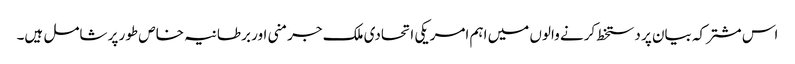
اس مشترکہ بیان پر دستخط کرنے والوں میں اہم امریکی اتحادی ملک جرمنی اور برطانیہ خاص طور پر شامل ہیں۔